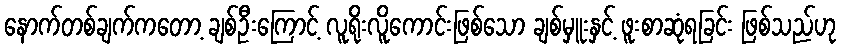
နောက်တစ်ချက်ကတော့ ချစ်ဦးကြောင့် လူရိုးလိူကောင်းဖြစ်သော ချစ်မှူးနှင့် ဖူးစာဆုံရခြင်း ဖြစ်သည်ဟု